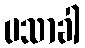
ပသာခါ